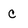
Character: C